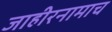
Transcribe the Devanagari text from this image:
जाहीरनामाच